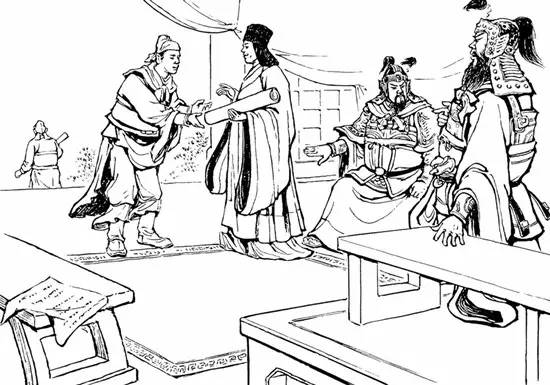
投之亡地然后存，陷之死地然后生。